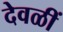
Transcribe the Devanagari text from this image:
देवळीं